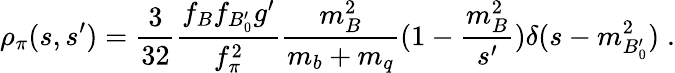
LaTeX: \rho_{\pi}(s,s^{\prime})={\frac{3}{32}}{\frac{f_{B}f_{B_{0}^{\prime}}g^{\prime}}{f_{\pi}^{2}}}{\frac{m_{B}^{2}}{m_{b}+m_{q}}}(1-{\frac{m_{B}^{2}}{s^{\prime}}})\delta(s-m_{B_{0}^{\prime}}^{2})\; .